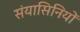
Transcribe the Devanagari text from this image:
संयासिनियों